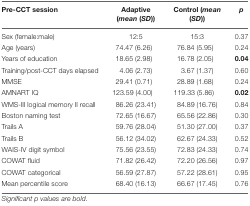
<table><thead><tr><td><b>Pre-CCT session</b></td><td><b>Adaptive (<i>mean</i> (<i>SD</i>))</b></td><td><b>Control (<i>mean</i> (<i>SD</i>))</b></td><td><b><i>p</i></b></td></tr></thead><tbody><tr><td>Sex (female:male)</td><td>12:5</td><td>15:3</td><td>0.37</td></tr><tr><td>Age (years)</td><td>74.47 (6.26)</td><td>76.84 (5.95)</td><td>0.24</td></tr><tr><td>Years of education</td><td>18.65 (2.98)</td><td>16.78 (2.05)</td><td><b>0.04</b></td></tr><tr><td>Training/post-CCT days elapsed</td><td>4.06 (2.73)</td><td>3.67 (1.37)</td><td>0.60</td></tr><tr><td>MMSE</td><td>29.41 (0.71)</td><td>28.89 (1.68)</td><td>0.24</td></tr><tr><td>AMNART IQ</td><td>123.59 (4.00)</td><td>119.33 (5.86)</td><td><b>0.02</b></td></tr><tr><td>WMS-III logical memory II recall</td><td>86.26 (23.41)</td><td>84.89 (16.76)</td><td>0.84</td></tr><tr><td>Boston naming test</td><td>72.65 (16.67)</td><td>65.56 (22.86)</td><td>0.30</td></tr><tr><td>Trails A</td><td>59.76 (28.04)</td><td>51.30 (27.00)</td><td>0.37</td></tr><tr><td>Trails B</td><td>56.12 (34.02)</td><td>62.67 (24.33)</td><td>0.52</td></tr><tr><td>WAIS-IV digit symbol</td><td>75.56 (23.55)</td><td>72.83 (24.33)</td><td>0.74</td></tr><tr><td>COWAT fluid</td><td>71.82 (26.42)</td><td>72.20 (26.56)</td><td>0.97</td></tr><tr><td>COWAT categorical</td><td>56.59 (27.87)</td><td>57.22 (28.61)</td><td>0.95</td></tr><tr><td>Mean percentile score</td><td>68.40 (16.13)</td><td>66.67 (17.45)</td><td>0.76</td></tr></tbody></table>